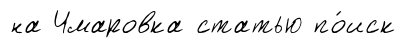
на Чмаровка статью по́иск